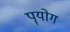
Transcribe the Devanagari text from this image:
पॄयोग